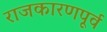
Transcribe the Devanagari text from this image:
राजकारणपूर्व